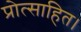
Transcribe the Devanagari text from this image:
प्रोत्साहित।